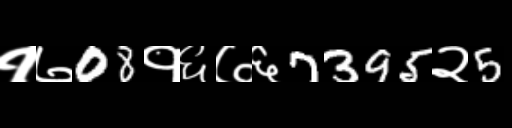
Text: १७08१६७६7395२5